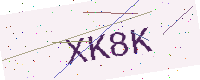
Text: XK8K